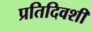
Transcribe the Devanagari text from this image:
प्रतिदिवशीं